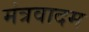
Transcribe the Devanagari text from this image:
मंत्रवादम